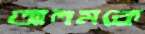
আলমকে